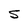
Character: s